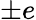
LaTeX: \pm e